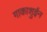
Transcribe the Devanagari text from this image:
गाकाशुईन